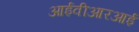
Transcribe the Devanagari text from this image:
आईवीआरआई